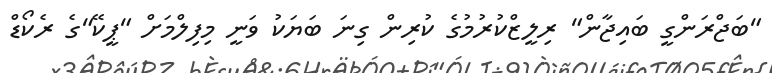
"ބަޖްރަންގީ ބައިޖާން" ރިލީޒްކުރުމުގެ ކުރިން ގިނަ ބަޔަކު ވަނީ މިފިލްމަށް "ޕީކޭ"ގެ ރެކޯޑް